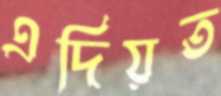
এদিয়ত